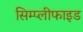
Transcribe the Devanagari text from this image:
सिम्प्लीफाइड